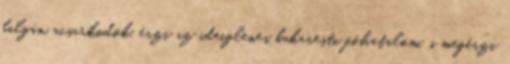
balgán acsarkodók, érzi az ideiglenes bukaresti főhatalom, s megérzi